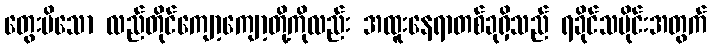
တွေးမိသော လည်တိုင်ကျော့ကျော့တို့ကိုလည်း အထူးနေရာတစ်ခုရှိသည် ရခိုင်သမိုင်းအတွက်